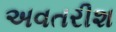
અવતરીશ